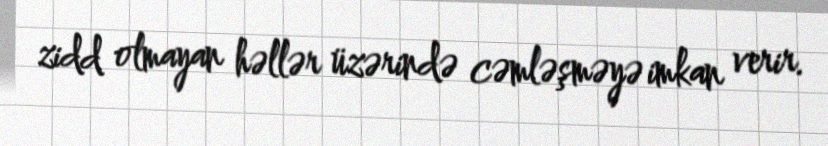
zidd olmayan həllər üzərində cəmləşməyə imkan verir.